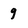
Character: 9